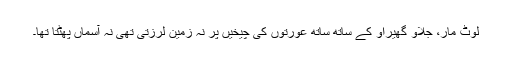
لوٹ مار، جلاؤ گھیراؤ کے ساتھ ساتھ عورتوں کی چیخیں پر نہ زمین لرزتی تھی نہ آسماں پھٹتا تھا۔